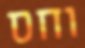
וחס